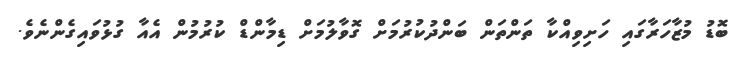
ބޮޑު މުޒާހަރާގައި ހަށިވިއްކާ ތަންތަން ބަންދުކުރުމަށް ގޮވާލުމަށް ޑިމާންޑް ކުރުމުން އެއާ ގުޅުވައިގެންނެވެ.